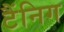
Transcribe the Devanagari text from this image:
टैंनिग